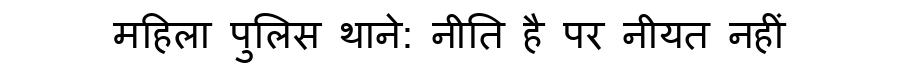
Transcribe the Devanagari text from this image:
महिला पुलिस थाने: नीति है पर नीयत नहीं